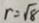
r = \sqrt { 8 }